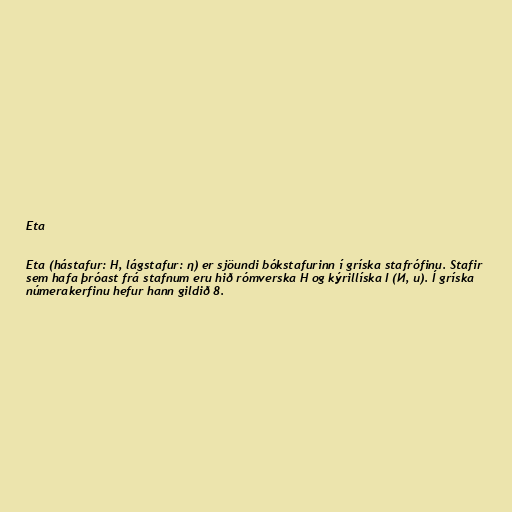
Eta

Eta (hástafur: Η, lágstafur: η) er sjöundi bókstafurinn í gríska stafrófinu. Stafir
sem hafa þróast frá stafnum eru hið rómverska H og kýrillíska I (И, и). Í gríska
númerakerfinu hefur hann gildið 8.